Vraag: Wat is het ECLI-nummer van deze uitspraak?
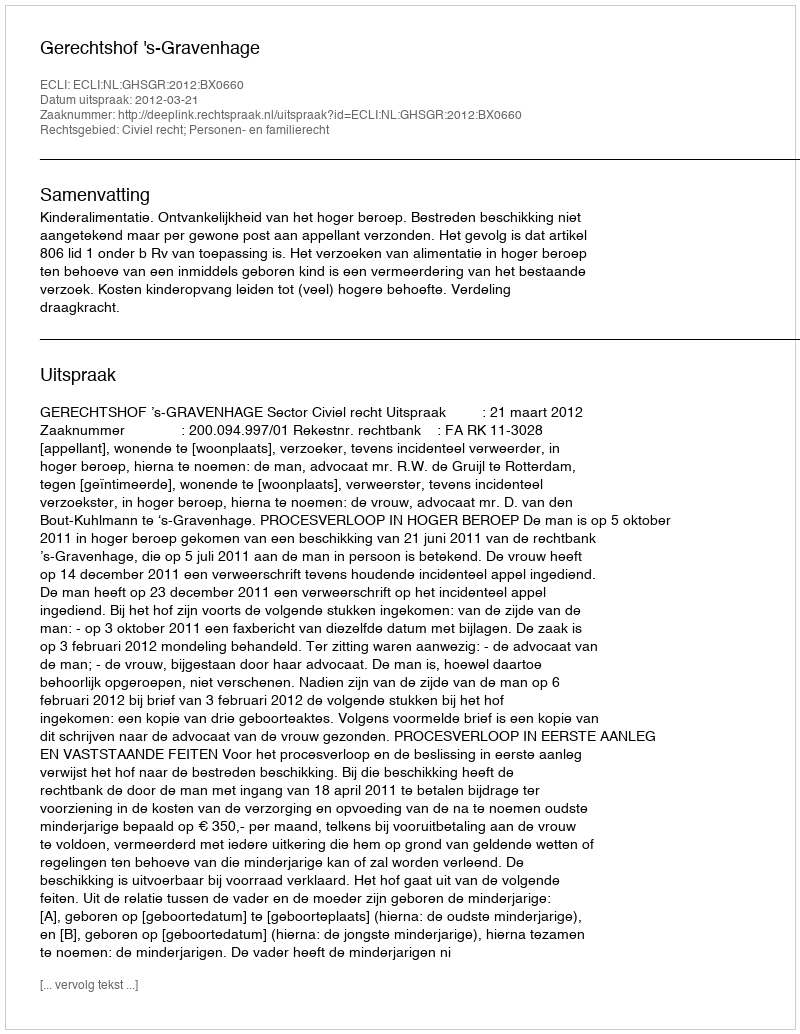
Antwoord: ECLI:NL:GHSGR:2012:BX0660